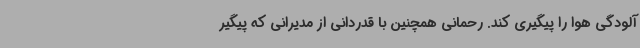
آلودگی هوا را پیگیری کند. رحمانی همچنین با قدردانی از مدیرانی که پیگیر